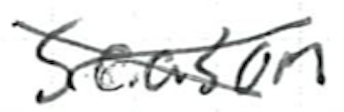
Text: season
Cross-out: cross
Writing tool: ballpoint